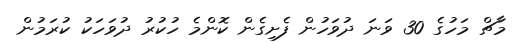
މާޗް މަހުގެ 30 ވަނަ ދުވަހުން ފެށިގެން ކޮންމެ ހުކުރު ދުވަހަކު ކުރަމުން